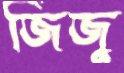
জিজু